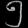
Digit: ၅